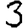
Digit: 3